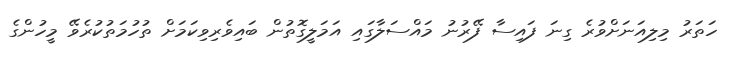
ހަތަރު މިލިއަނަށްވުރެ ގިނަ ފައިސާ ފޭރުނު މައްސަލާގައި އަމަލީގޮތުން ބައިވެރިވިކަމަށް ތުހުމަތުކުރެވޭ މީހުންގެ